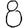
Digit: 8